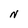
Character: N